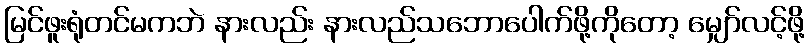
မြင်ဖူးရုံတင်မကဘဲ နားလည်း နားလည်သဘောပေါက်ဖို့ကိုတော့ မျှော်လင့်ဖို့